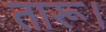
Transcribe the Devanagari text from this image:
तारू।